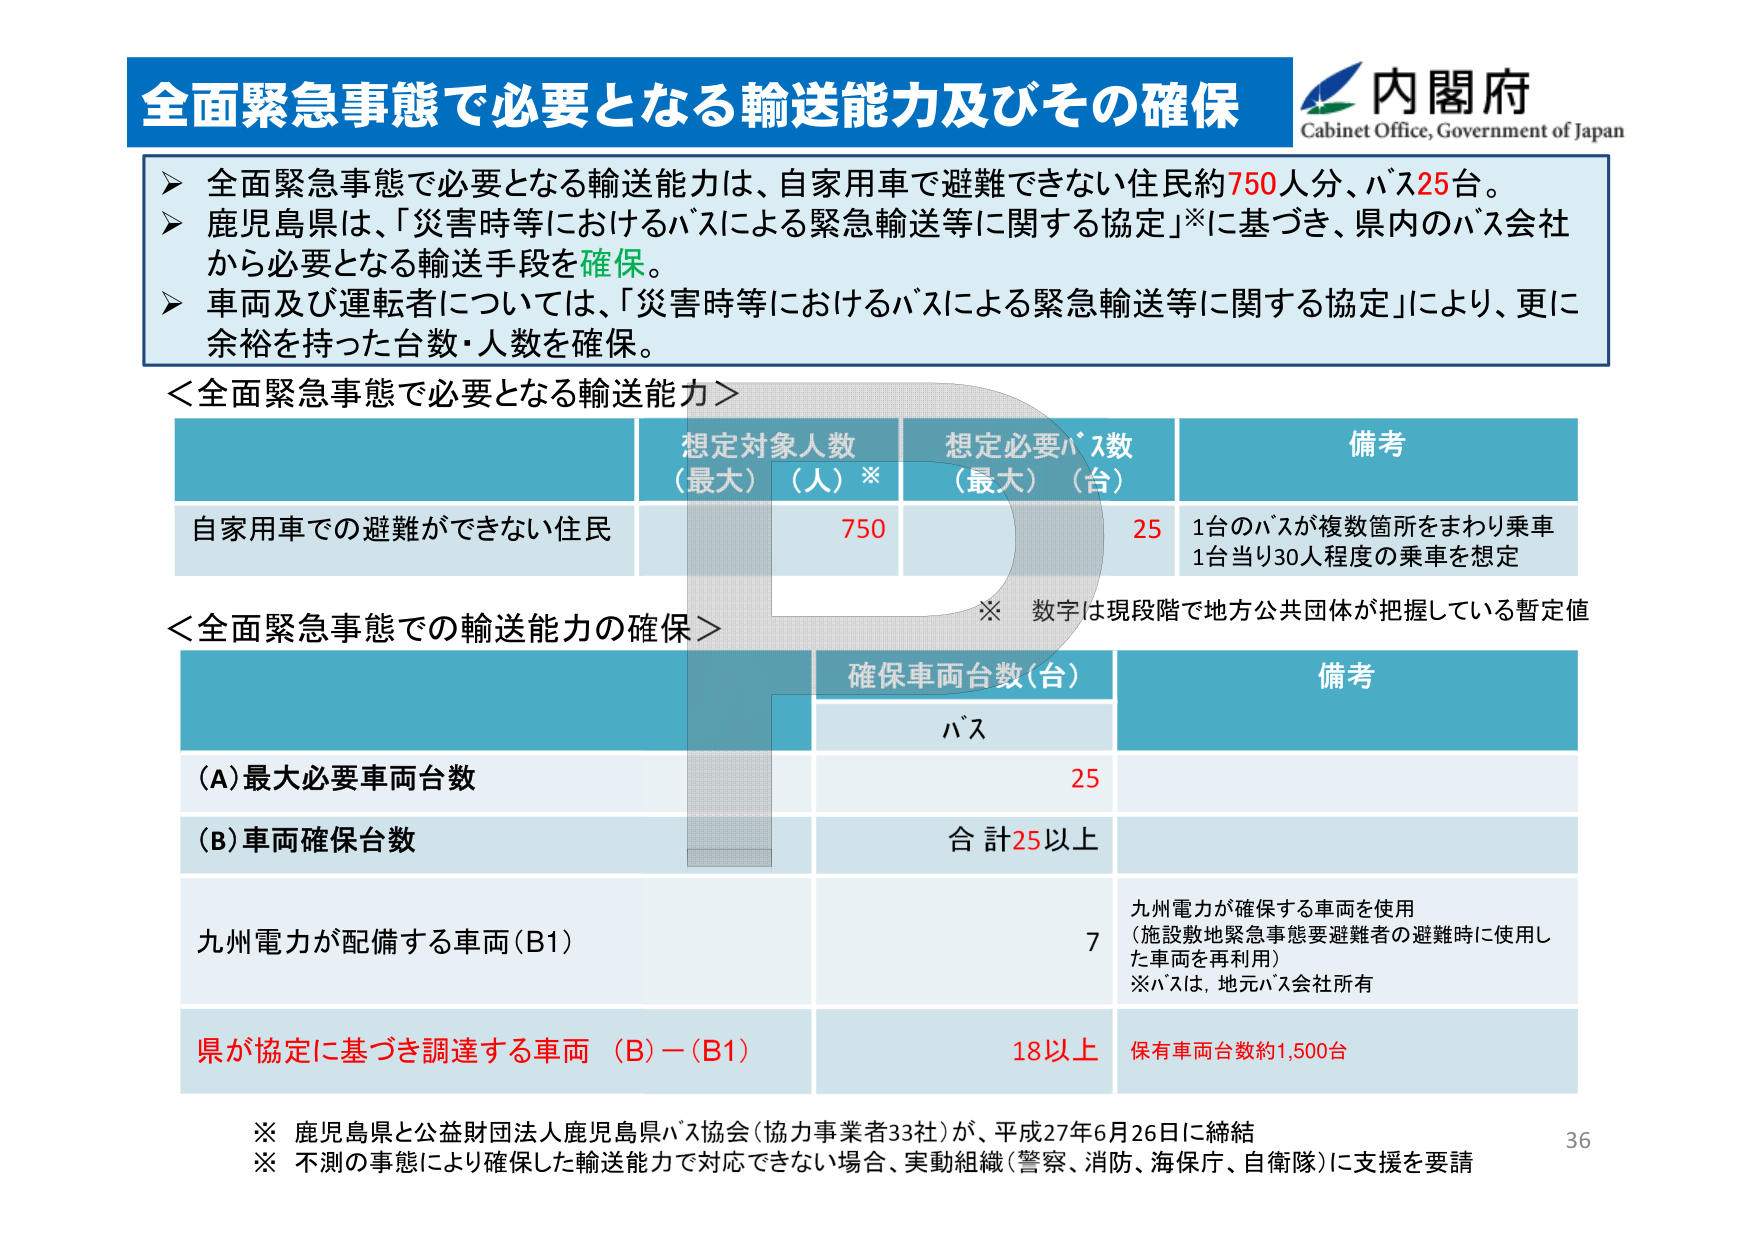
全面緊急事態で必要となる輸送能力及びその確保
内閣府
Cabinet Office, Government of Japan
▶ 全面緊急事態で必要となる輸送能力は、自家用車で避難できない住民約750人分、バス25台。
▶ 鹿児島県は、「災害時等におけるバスによる緊急輸送等に関する協定」※に基づき、県内のバス会社から必要となる輸送手段を確保。
▶ 車両及び運転者については、「災害時等におけるバスによる緊急輸送等に関する協定」により、更に余裕を持った台数・人数を確保。
＜全面緊急事態で必要となる輸送能力＞
想定対象人数
（最大）（人）※
想定必要バス数
（最大）（台）
備考
自家用車での避難ができない住民
750
25
1台のバスが複数箇所をまわり乗車
1台当り30人程度の乗車を想定
※ 数字は現段階で地方公共団体が把握している暫定値
＜全面緊急事態での輸送能力の確保＞
確保車両台数（台）
備考
バス
(A)最大必要車両台数
25
(B)車両確保台数
合計25以上
九州電力が配備する車両（B1）
7
九州電力が確保する車両を使用
（施設敷地緊急事態要避難者の避難時に使用した車両を再利用）
※バスは、地元バス会社所有
県が協定に基づき調達する車両 （B）－（B1）
18以上
保有車両台数約1,500台
※ 鹿児島県と公益財団法人鹿児島県バス協会（協力事業者33社）が、平成27年6月26日に締結
※ 不測の事態により確保した輸送能力で対応できない場合、実動組織（警察、消防、海保庁、自衛隊）に支援を要請
36